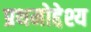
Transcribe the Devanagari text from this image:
प्रथमोद्देश्य